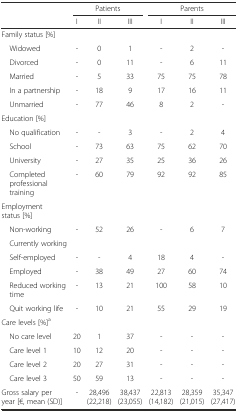
| <ROWSPAN=2>  | <COLSPAN=3> Patients | <COLSPAN=3> Parents |
 | I | II | III | I | II | III |
 | --- | --- | --- | --- | --- | --- | --- |
 | Family status [%] |  |  |  |  |  |  |
 | Widowed | - | 0 | 1 | - | 2 | - |
 | Divorced | - | 0 | 11 | - | 6 | 11 |
 | Married | - | 5 | 33 | 75 | 75 | 78 |
 | In a partnership | - | 18 | 9 | 17 | 16 | 11 |
 | Unmarried | - | 77 | 46 | 8 | 2 | - |
 | Education [%] |  |  |  |  |  |  |
 | No qualification | - | - | 3 | - | 2 | 4 |
 | School | - | 73 | 63 | 75 | 62 | 70 |
 | University | - | 27 | 35 | 25 | 36 | 26 |
 | Completed professional training | - | 60 | 79 | 92 | 92 | 85 |
 | Employment status [%] |  |  |  |  |  |  |
 | Non-working | - | 52 | 26 | - | 6 | 7 |
 | Currently working |  |  |  |  |  |  |
 | Self-employed | - | - | 4 | 18 | 4 | - |
 | Employed | - | 38 | 49 | 27 | 60 | 74 |
 | Reduced working time | - | 13 | 21 | 100 | 58 | 10 |
 | Quit working life | - | 10 | 21 | 55 | 29 | 19 |
 | Care levels [%]a |  |  |  |  |  |  |
 | No care level | 20 | 1 | 37 | - | - | - |
 | Care level 1 | 10 | 12 | 20 | - | - | - |
 | Care level 2 | 20 | 27 | 31 | - | - | - |
 | Care level 3 | 50 | 59 | 13 | - | - | - |
 | Gross salary per year [€, mean (SD)] | - | 28,496 (22,218) | 38,437 (23,055) | 22,813 (14,182) | 28,359 (21,015) | 35,347 (27,417) |